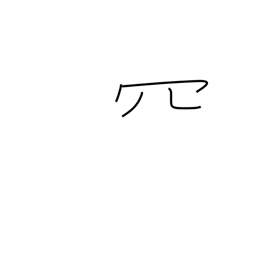
Meaning: net-like